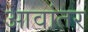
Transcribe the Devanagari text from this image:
आवांतर